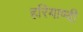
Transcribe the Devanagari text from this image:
हरियाण्वी